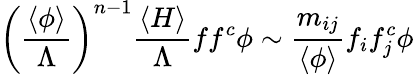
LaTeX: \left(\frac{\langle\phi\rangle}{\Lambda}\right)^{n-1}\frac{\langle H\rangle}{\Lambda}ff^{c}\phi\sim\frac{m_{ij}}{\langle\phi\rangle}f_{i}f_{j}^{c}\phi